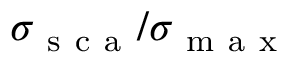
\sigma _ { \mathrm { ~ s ~ c ~ a ~ } } / \sigma _ { \mathrm { ~ m ~ a ~ x ~ } }